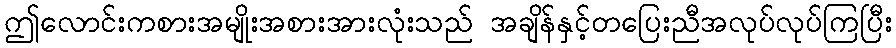
ဤလောင်းကစားအမျိုးအစားအားလုံးသည် အချိန်နှင့်တပြေးညီအလုပ်လုပ်ကြပြီး